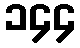
၁၄၄